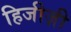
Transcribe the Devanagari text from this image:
हिजीज़ी